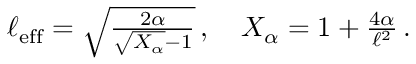
\begin{array} { r } { \ell _ { \mathrm { e f f } } = \sqrt { \frac { 2 \alpha } { \sqrt { X _ { \alpha } } - 1 } } \, , \quad X _ { \alpha } = 1 + \frac { 4 \alpha } { \ell ^ { 2 } } \, . } \end{array}